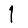
Digit: 1